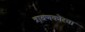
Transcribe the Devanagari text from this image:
त्रावणकोरचा